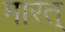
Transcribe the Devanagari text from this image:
मारत्